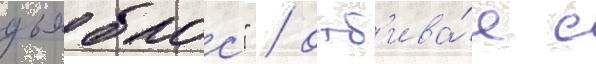
дьяблос" / отб'ива́я с